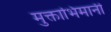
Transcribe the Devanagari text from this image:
मुक्ताभिमानी